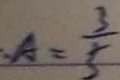
A = \frac { 3 } { 5 }